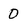
Character: 0